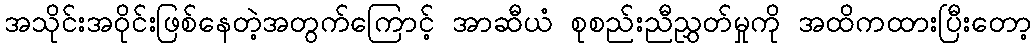
အသိုင်းအဝိုင်းဖြစ်နေတဲ့အတွက်ကြောင့် အာဆီယံ စုစည်းညီညွှတ်မှုကို အထိကထားပြီးတော့